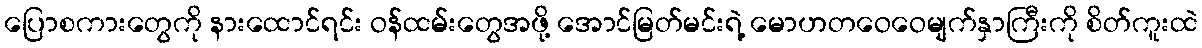
ပြောစကားတွေကို နားထောင်ရင်း ဝန်ထမ်းတွေအဖို့ အောင်မြတ်မင်းရဲ့ မောဟတဝေဝေမျက်နှာကြီးကို စိတ်ကူးထဲ